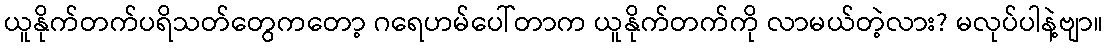
ယူနိုက်တက်ပရိသတ်တွေကတော့ ဂရေဟမ်ပေါ်တာက ယူနိုက်တက်ကို လာမယ်တဲ့လား? မလုပ်ပါနဲ့ဗျာ။